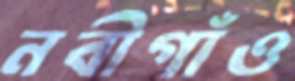
নবীগাঁও